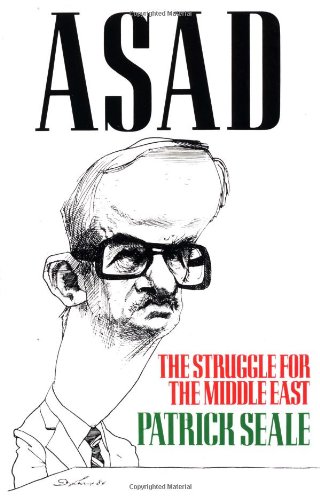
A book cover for Asad: The Struggle for the Middle East; Patrick Seale; Biographies & Memoirs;